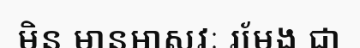
មិន មានអាសវៈ រមែង ជា